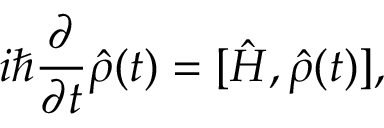
i \hbar \frac { \partial } { \partial t } \hat { \rho } ( t ) = [ \hat { H } , \hat { \rho } ( t ) ] ,